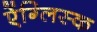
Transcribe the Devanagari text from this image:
ऐंग्लिस्क